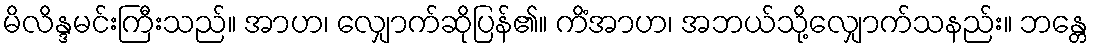
မိလိန္ဒမင်းကြီးသည်။ အာဟ၊ လျှောက်ဆိုပြန်၏။ ကိံအာဟ၊ အဘယ်သို့လျှောက်သနည်း။ ဘန္တေ